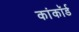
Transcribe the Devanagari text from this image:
कांकॉर्ड